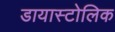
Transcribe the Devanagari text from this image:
डायास्टोलिक